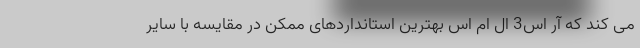
می کند که آر اس3 ال ام اس بهترین استانداردهای ممکن در مقایسه با سایر